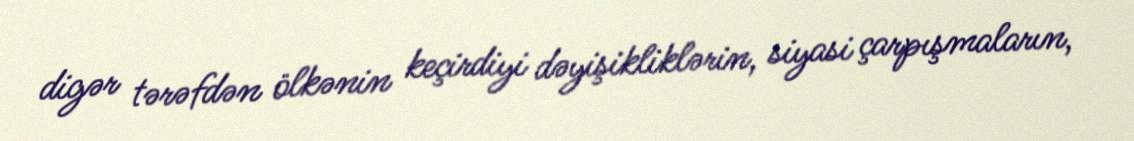
digər tərəfdən ölkənin keçirdiyi dəyişikliklərin, siyasi çarpışmaların,